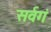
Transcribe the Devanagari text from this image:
सर्वगं